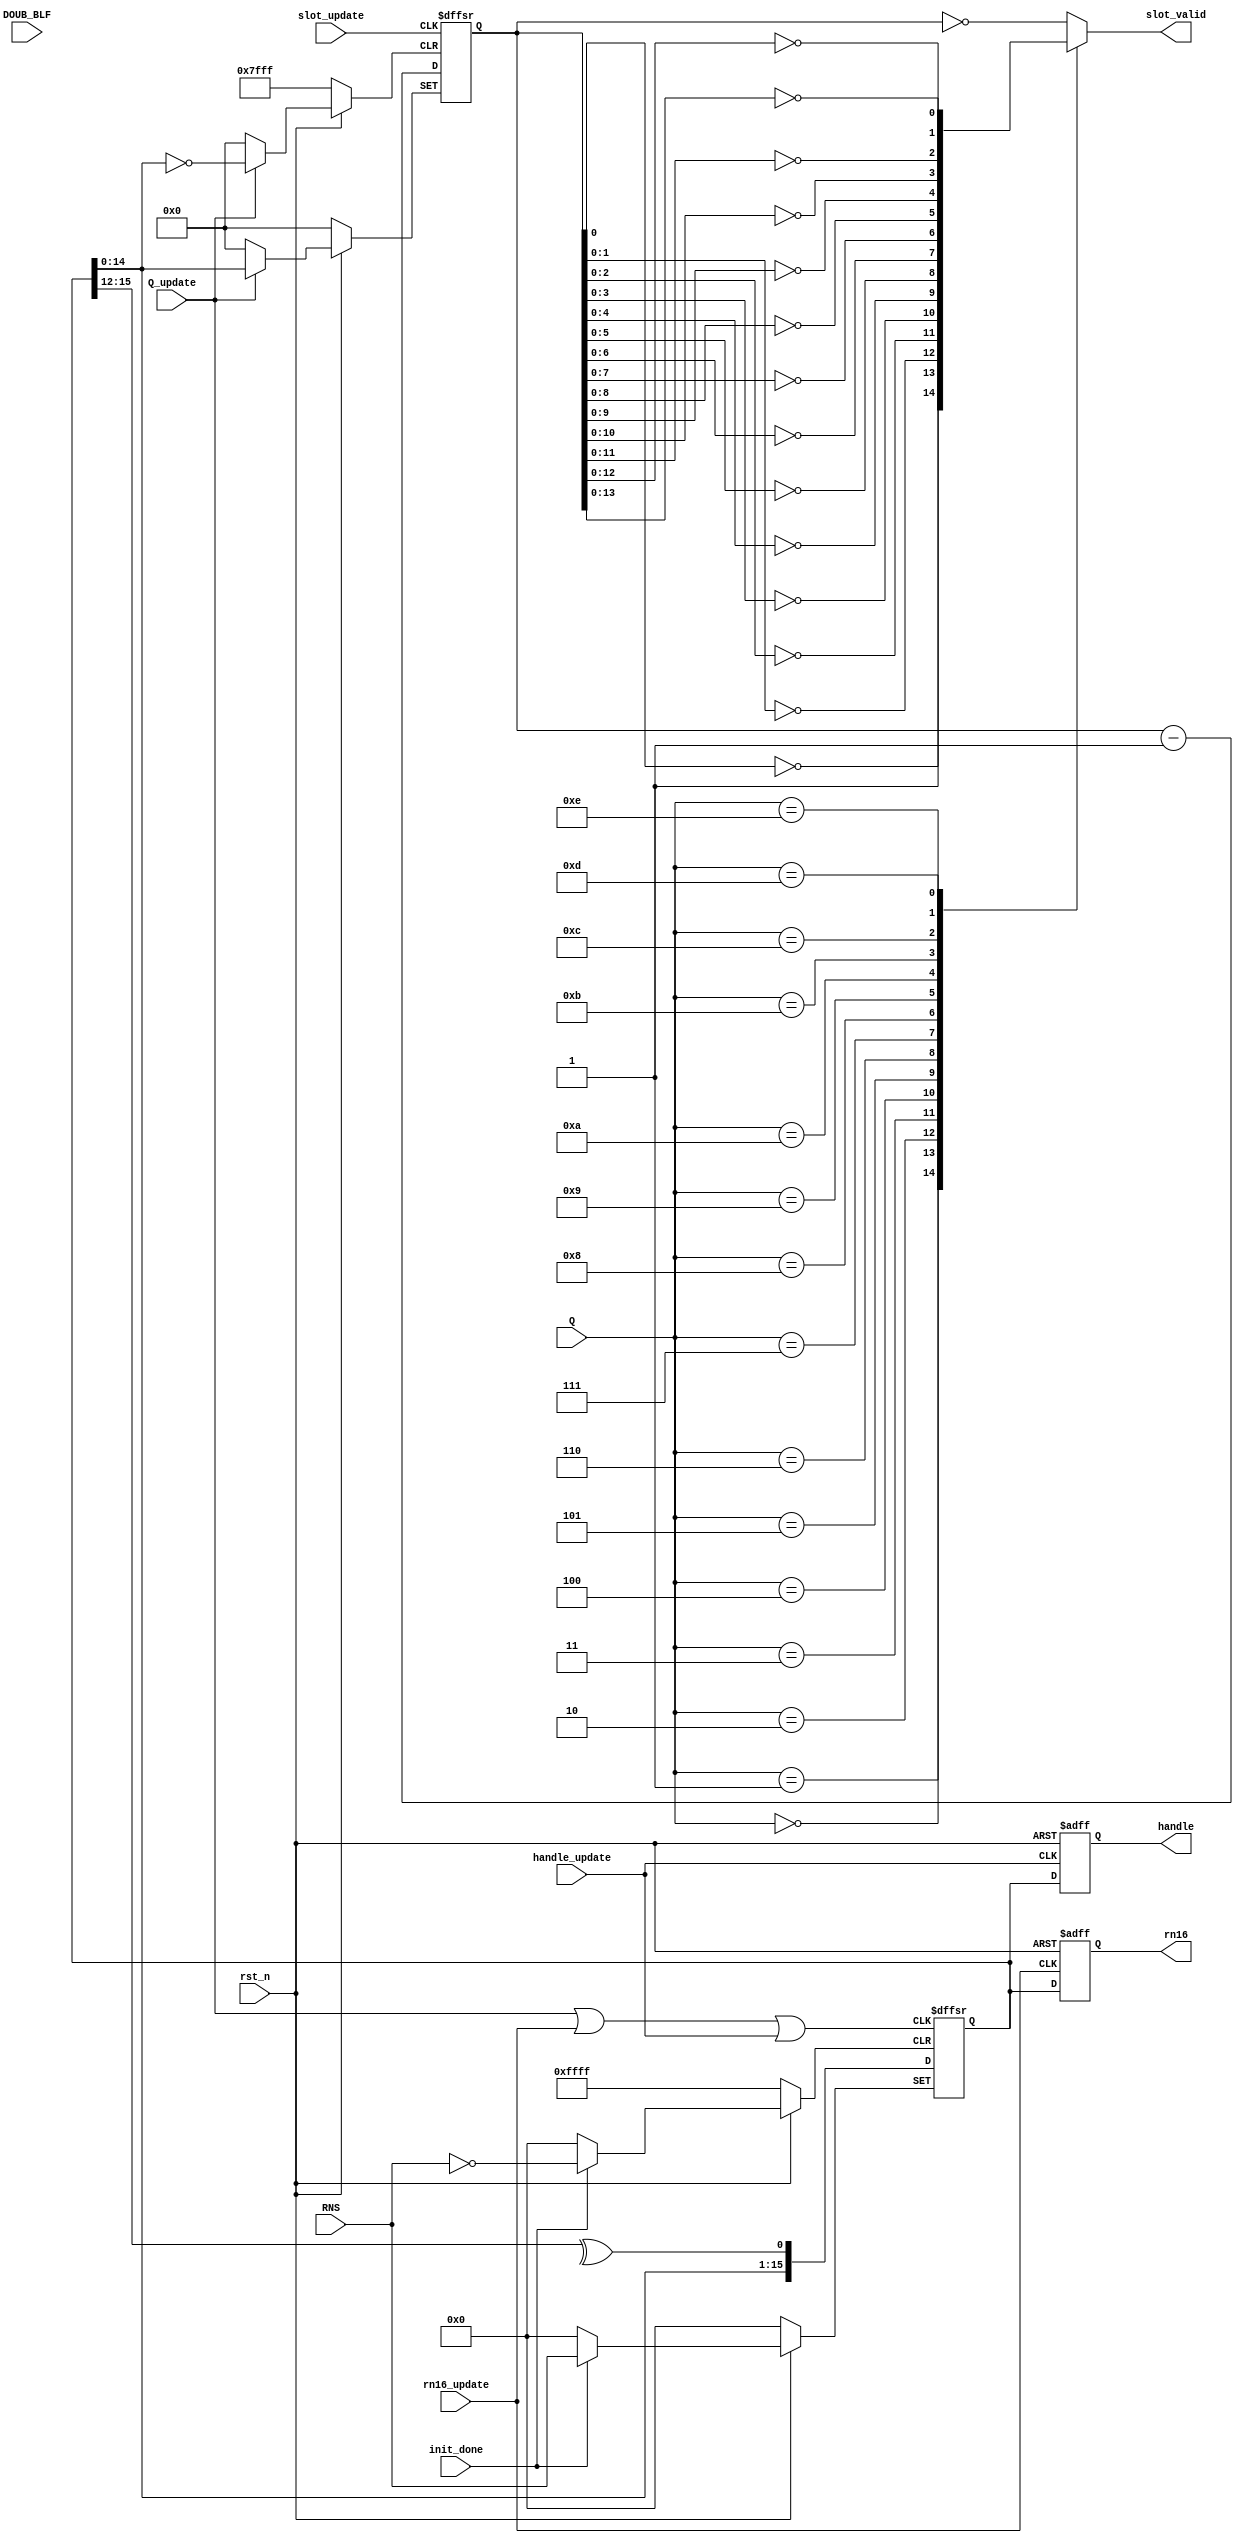
// ************************************************************** 
// COPYRIGHT, Xi'an XDU Radio-frequency IC Co.,Ltd 
// All rights reserved. 
// 
// IP LIB INDEX : IP lib index just sa UTOPIA_B 
// IP Name      : OPTIM
//
// Module name  : RNG
// Full name    : Random Number Generater 
// 
// Email        : 
// Data         : 2013/04/28
// Version      : V1.0 
// 
// Abstract     : 
// Called by    : OPTIM
// 
// Modification history 
// ---------------------------------------- 
//
// $Log$ 
// 
// ************************************************************** 

`timescale 1ns/1ns
`define UDLY #2

module RNG(
                //inputs
                DOUB_BLF,
                rst_n,
                Q_update,
                Q,
                slot_update,
                handle_update,
                rn16_update,
                RNS,
                init_done,
                
                //outputs
                slot_valid,
                rn16,
                handle
            );
     
    //inputs        
    input             DOUB_BLF;
    input             rst_n;
    input             Q_update;
    input    [3:0]    Q;
    input             slot_update;
    input             handle_update;
    input             rn16_update;
    input    [15:0]   RNS;
    input             init_done;
    
    //outputs
    output            slot_valid;
    output   [15:0]   rn16;
    output   [15:0]   handle;
    
    //regs
    reg               slot_valid;
    reg      [14:0]   slot_val;
    reg      [15:0]   rn16;
    reg      [15:0]   handle;
    reg      [15:0]   SH_CYC_L;                                //the left_circular_shift_register  
    
    
    assign cyc_pulse=Q_update|rn16_update|handle_update;  
    
    assign CYCB=^SH_CYC_L[15:12];
            
    //Shift left-cyclically and generate the random number.
    always @(negedge cyc_pulse or posedge init_done or negedge rst_n)
    begin
        if(!rst_n)
            SH_CYC_L<=`UDLY 16'h0000;
        else if(init_done)
            SH_CYC_L<=`UDLY RNS;
        else
            SH_CYC_L<=`UDLY {SH_CYC_L[14:0],CYCB};
    end
        
    //Update slot.
    always @(posedge slot_update or posedge Q_update or negedge rst_n)
    begin
        if(!rst_n)
            slot_val<=`UDLY 15'h0000;
        else if(Q_update)
            slot_val<=`UDLY SH_CYC_L[14:0];            
        else
            slot_val<=`UDLY slot_val-1'b1;
    end
    
    always @(Q or slot_val)
    begin
        case(Q)
        4'h0: slot_valid=1'b1;
        4'h1: slot_valid=!slot_val[0];
        4'h2: slot_valid=!slot_val[1:0];
        4'h3: slot_valid=!slot_val[2:0];
        4'h4: slot_valid=!slot_val[3:0];
        4'h5: slot_valid=!slot_val[4:0];
        4'h6: slot_valid=!slot_val[5:0];
        4'h7: slot_valid=!slot_val[6:0];
        4'h8: slot_valid=!slot_val[7:0];
        4'h9: slot_valid=!slot_val[8:0];
        4'ha: slot_valid=!slot_val[9:0];
        4'hb: slot_valid=!slot_val[10:0];
        4'hc: slot_valid=!slot_val[11:0];
        4'hd: slot_valid=!slot_val[12:0];
        4'he: slot_valid=!slot_val[13:0]; 
        default: slot_valid=!slot_val;
        endcase
    end    
    
    //Update rn16.
    always @(posedge rn16_update or negedge rst_n)
    begin
        if(!rst_n)
            rn16<=`UDLY 16'h0000;
        else
            rn16<=`UDLY SH_CYC_L;
    end
    
    //Update handle.
    always @(posedge handle_update or negedge rst_n)
    begin
        if(!rst_n)
            handle<=`UDLY 16'h0000;
        else
            handle<=`UDLY SH_CYC_L;
    end
    
endmodule